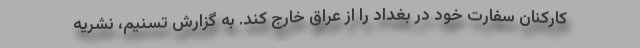
کارکنان سفارت خود در بغداد را از عراق خارج کند. به گزارش تسنیم، نشریه